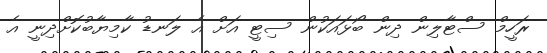
ރަހީމް ސްޓާލިން ދިން ބޯޅައަކުން ސިޓީ އަށް އެ ލަނޑު ކާމިޔާބުކޮށްދިނީ އެ